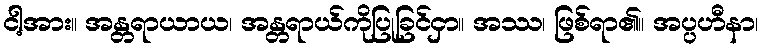
ငါ့အား။ အန္တရာယာယ၊ အန္တရာယ်ကိုပြုခြင်ငှာ။ အဿ၊ ဖြစ်ရာ၏။ အပ္ပဟီနာ၊